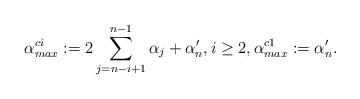
LaTeX: \begin{align*} \alpha^{ci}_{max} := 2\sum\limits_{j = n-i+1}^{n-1} \alpha_j + \alpha'_n, i \ge 2, \alpha^{c1}_{max} := \alpha'_n. \\\end{align*}